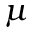
\mu